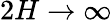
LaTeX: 2H\to\infty